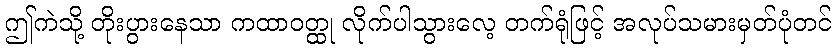
ဤကဲသို့ တိုးပွားနေသာ ကထာဝတ္ထု လိုက်ပါသွားလေ့ တက်ရုံဖြင့် အလုပ်သမားမှတ်ပုံတင်